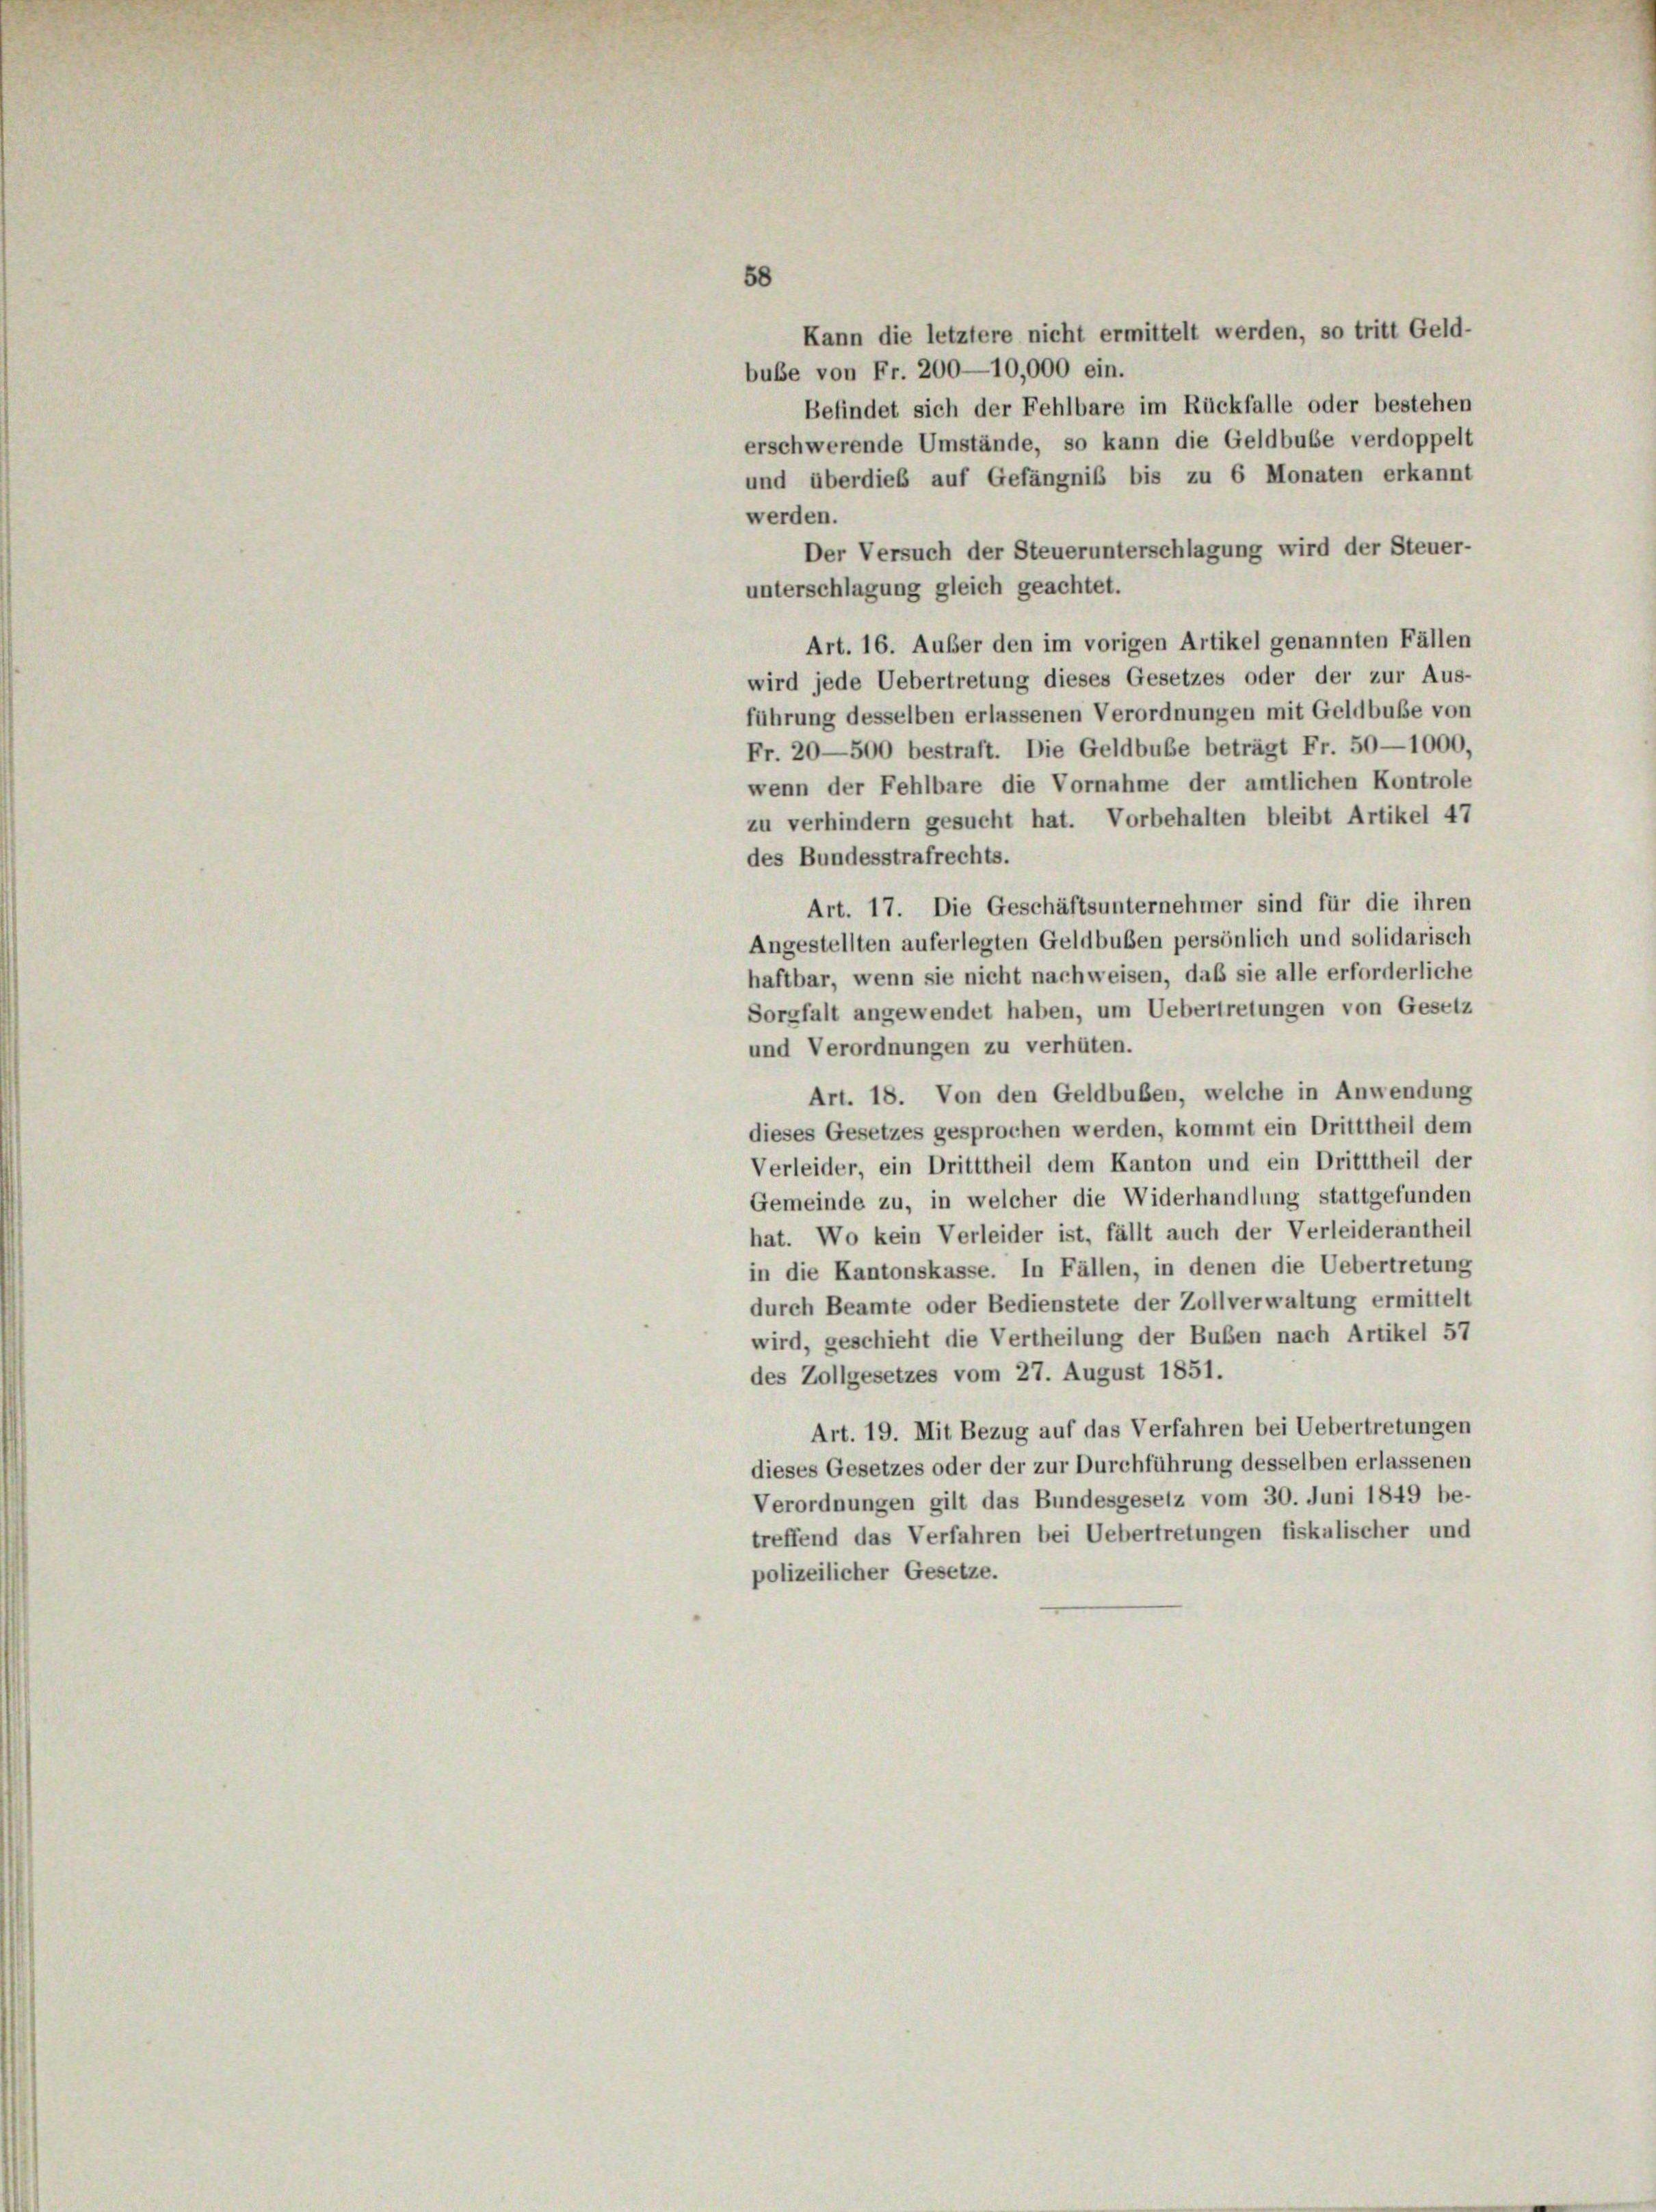
Kann die letztere nicht ermittelt werden, so tritt Geld-
buße von Fr. 200—10,000 ein.
Befindet sich der Fehlbare im Rückfalle oder bestehen
erschwerende Umstände, so kann die Geldbube verdoppelt
und überdies auf Gefängniß bis zu 6 Monaten erkannt
werden.
Der Versuch der Steuerunterschlagung wird der Steuer-
unterschlagung gleich geachtet.
Art. 16. Außer den im vorigen Artikel genannten Fällen
wird jede Uebertretung dieses Gesetzes oder der zur Aus-
führung desselben erlassenen Verordnungen mit Geldbuße von
Fr. 20—500 bestraft. Die Geldbube beträgt Fr. 50—1000,
wenn der Fehlbare die Vornahme der amtlichen Kontrole
zu verhindern gesucht hat. Vorbehalten bleibt Artikel 47
des Bundesstrafrechts.
Art. 17. Die Geschäftsunternehmer sind für die ihren
Angestellten auferlegten Geldbuben persönlich und solidarisch
haftbar, wenn sie nicht nachweisen, daß sie alle erforderliche
Sorgfalt angewendet haben, um Uebertretungen von Gesetz
und Verordnungen zu verhüten.
Art. 18. Von den Geldbuben, welche in Anwendung
dieses Gesetzes gesprochen werden, kommt ein Dritttheil dem
Verleider, ein Dritttheil dem Kanton und ein Dritttheil der
Gemeinde zu, in welcher die Widerhandlung stattgefunden
hat. Wo kein Verleider ist, fällt auch der Verleiderantheil
in die Kantonskasse. In Fällen, in denen die Uebertretung
durch Beamte oder Bedienstete der Zollverwaltung ermittelt
wird, geschieht die Vertheilung der Buben nach Artikel 57
des Zollgesetzes vom 27. August 1851.
Art. 19. Mit Bezug auf das Verfahren bei Uebertretungen
dieses Gesetzes oder der zur Durchführung desselben erlassenen
Verordnungen gilt das Bundesgesetz vom 30. Juni 1849 be-
treffend das Verfahren bei Uebertretungen fiskalischer und
polizeilicher Gesetze.

58